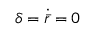
\delta = \dot { \bar { r } } = 0